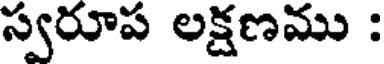
స్వరూప లక్షణము :